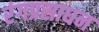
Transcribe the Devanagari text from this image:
रंगप्रसाधन